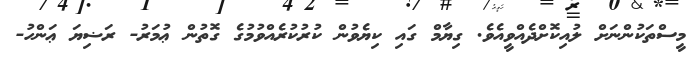
މީސްތަކުންނަށް ލުއިކޮށްދެއްވީއެވެ. ގިޔާމް ގައި ކިޔެވުން ކުރުކުރެއްވުމުގެ ގޮތުން ޢުމަރު- ރަޟިޔަ ޢަންހު-